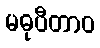
မဓုပီတာဝ